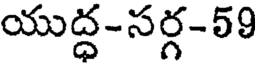
యుద్ధ-సర్గ-59